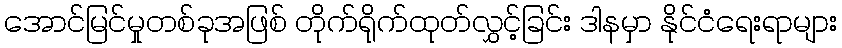
အောင်မြင်မှုတစ်ခုအဖြစ် တိုက်ရိုက်ထုတ်လွှင့်ခြင်း ဒါနမှာ နိုင်ငံရေးရာများ